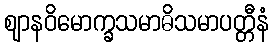
ဈာနဝိမောက္ခသမာဓိသမာပတ္တီနံ